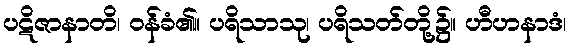
ပဋိဇာနာတိ၊ ဝန်ခံ၏။ ပရိသာသု၊ ပရိသတ်တို့၌။ ဟီဟနာဒံ၊